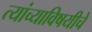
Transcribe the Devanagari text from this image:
त्यांच्याविषयीचे